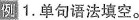
例 1.单句语法填空.